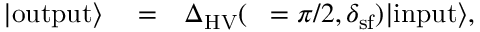
\begin{array} { r l r } { | \mathrm { o u t p u t } \rangle } & { { } = } & { { \Delta } _ { \mathrm { H V } } ( { \it \Delta \phi } = \pi / 2 , \delta _ { \mathrm { s f } } ) | \mathrm { i n p u t } \rangle , } \end{array}